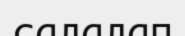
салалап